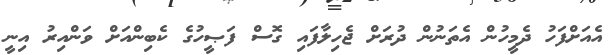
އެއަށްފަހު ދެމީހުން އެތަނުން ދުރަށް ޖެހިލާފައި ގޮސް ފަޞީހުގެ ކެބިންއަށް ވަންއިރު އިނީ